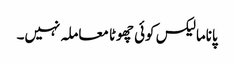
پاناما لیکس کوئی چھوٹا معاملہ نہیں۔